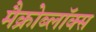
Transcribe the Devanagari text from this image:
मैक्रोब्लॉक्स